Annual administration and progress report of the Indian Medical Department, Bombay
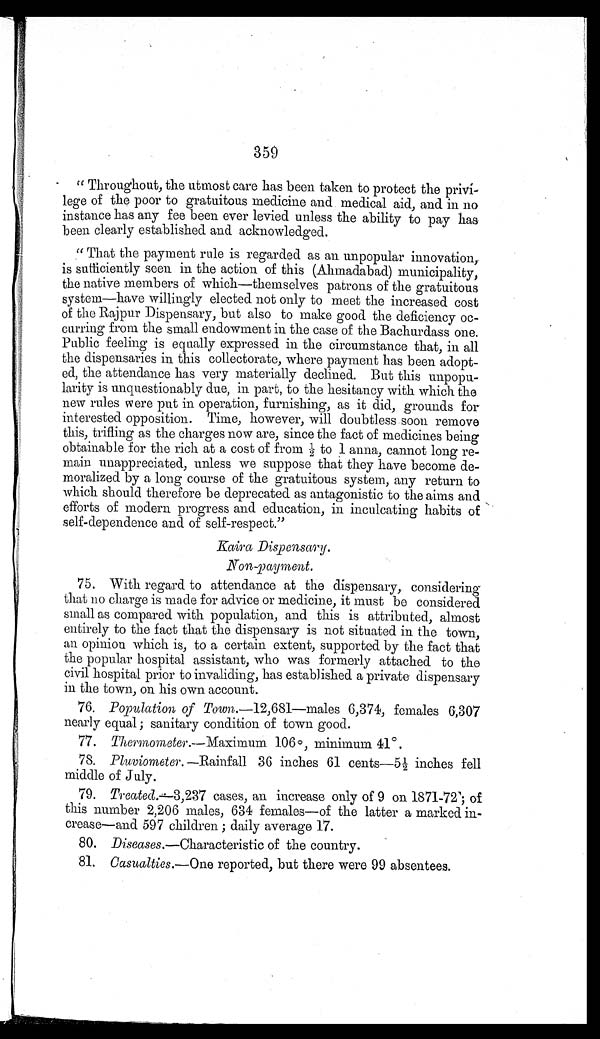
359
"Throughout, the utmost care has been taken to protect the privi--
lege of the poor to gratuitous medicine and medical aid, and in no
instance has any fee been ever levied unless the ability to pay has
been clearly established and acknowledged.
" That the payment rule is regarded as an unpopular innovation,
is sufficiently seen in the action of this (Ahmadabad) municipality,
the native members of which—themselves patrons of the gratuitous
system—have willingly elected not only to meet the increased cost
of the Rajpur Dispensary, but also to make good the deficiency oc--
curring from the small endowment in the case of the Bachurdass one.
Public feeling is equally expressed in the circumstance that, in all
the dispensaries in this collectorate, where payment has been adopt--
ed, the attendance has very materially declined. But this unpopu--
larity is unquestionably due, in part, to the hesitancy with which the
new rules were put in operation, furnishing, as it did, grounds for
interested opposition. Time, however, will doubtless soon remove
this, trifling as the charges now are, since the fact of medicines being
obtainable for the rich at a cost of from ½ to 1 anna, cannot long re--
main unappreciated, unless we suppose that they have become de-
moralized by a long course of the gratuitous system, any return to
which should therefore be deprecated as antagonistic to the aims and
efforts of modern progress and education, in inculcating habits of
self-dependence and of self-respect."
Kaira Dispensary.
Non-payment.
75. With regard to attendance at the dispensary, considering
that no charge is made for advice or medicine, it must be considered
small as compared with population, and this is attributed, almost
entirely to the fact that the dispensary is not situated in the town,
an opinion which is, to a certain extent, supported by the fact that
the popular hospital assistant, who was formerly attached to the
civil hospital prior to invaliding, has established a private dispensary
in the town, on his own account.
76.
Population of Town.—12,681—males 6,374, females 6,307
nearly equal; sanitary condition of town good.
77. Thermometer.— Maximum 106°, minimum 41°.
78.
Pluviometer. —Rainfall 36 inches 61 cents—5½ inches fell
middle of July.
79.
Treated.— 3,237 cases, an increase only of 9 on 1871-72; of
this number 2,206 males, 634 females—of the latter a marked in-
- c r e a s e — a n d 5 9 7 c h i l d r e n ; d a i l y a v e r a g e 1 7 .
80. Diseases. —Characteristic of the country.
81. Casualties.— One reported, but there were 99 absentees.